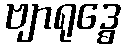
ဗျာရုဒ္ဓေ